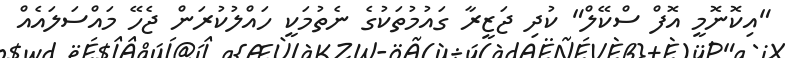
"އިކޮނޮމީ އޮފް ސްކޭލް" ކުދި ޖަޒީރާ ގައުމުތަކުގެ ނެތުމަކީ ހައްލުކުރަން ޖެހޭ މައްސަލައެއް